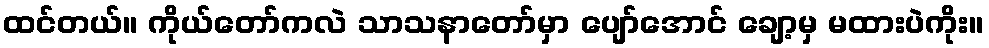
ထင်တယ်။ ကိုယ်တော်ကလဲ သာသနာတော်မှာ ပျော်အောင် ချော့မှ မထားပဲကိုး။